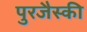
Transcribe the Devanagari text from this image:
पुरजैस्की